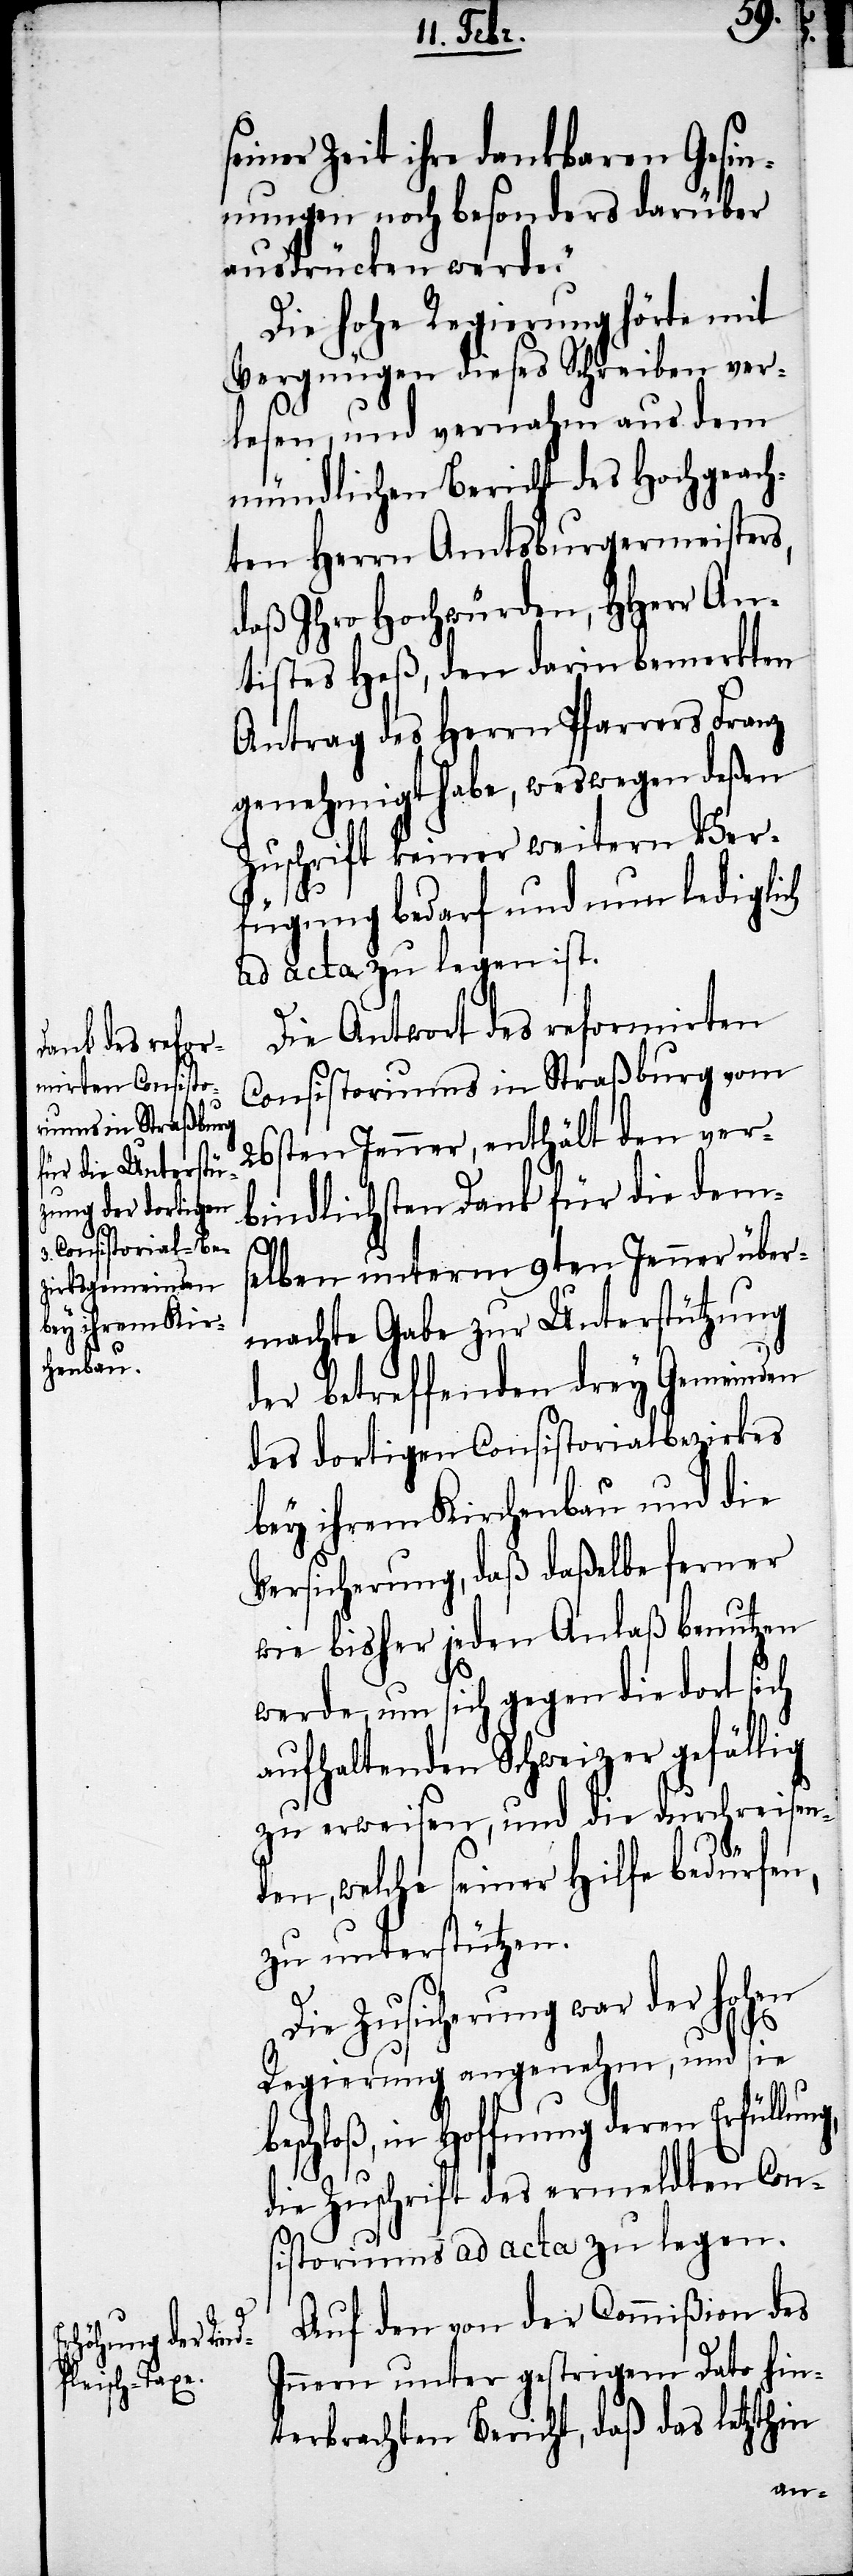
seiner Zeit ihre dankbaren Gesin¬
nungen noch besonders darüber
ausdrücken werde.“
Die hohe Regierung hörte mit
Vergnügen dieses Schreiben ver¬
lesen, und vernahm aus dem
mündlichen Bericht des Hochgeach¬
ten Herrn Amtsburgermeisters,
daß Ihro Hochwürden, HHerr An¬
tistes Heß, den darin bemerkten
Antrag des Herrn Pfarrers Franz
genehmigt habe, weswegen deßen
Zuschrift keiner weitern Ver¬
ng,
fügung bedarf und nun lediglich
ad acta zu legen ist.
Die Antwort des reformirten
Consistoriums in Straßburg vom
26sten Jenner, enthält den ver¬
bindlichsten Dank für die dem¬
selben unterm 9ten Jenner über¬
machte Gabe zur Unterstützung
der betreffenden drey Gemeinden
des dortigen Consistorialbezirkes
bey ihrem Kirchenbau und die
Versicherung, daß daßelbe ferner
wie bisher jeden Anlaß benutzen
werde, um sich gegen die dort sich
aufhaltenden Schweizer gefällig
zu erweisen, und die durchreisen¬
den, welche seiner Hilfe bedürfen,
zu unterstützen.
Die Zusicherung war der hohen
Regierung angenehm, und sie
beschloß, in Hoffnung deren Erfüllu¬
die Zuschrift des ermeldten Con¬
sistoriums ad acta zu legen.
Auf den von der Commißion des
Innern unter gestrigem Dato hin¬
terbrachten Bericht, daß das letzthin